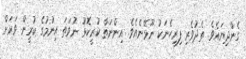
ގެންދިޔައެވެ. ތެދުވެރި ފިރިހެނަކު ނޫޅޭނެއެވެ. އިންނަތާ ކުރީކޮޅު ނުވަތަ އިނުމުގެ ކުރީން ވަރަށް